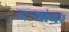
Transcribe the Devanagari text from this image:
दऱ्यांवर